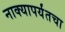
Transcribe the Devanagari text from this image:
नाक्‍यापर्यंतचा